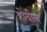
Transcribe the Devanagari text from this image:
होयील